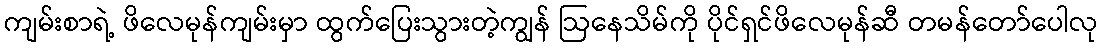
ကျမ်းစာရဲ့ ဖိလေမုန်ကျမ်းမှာ ထွက်ပြေးသွားတဲ့ကျွန် ဩနေသိမ်ကို ပိုင်ရှင်ဖိလေမုန်ဆီ တမန်တော်ပေါလု